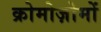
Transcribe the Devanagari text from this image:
क्रोमोज़ोमों